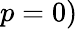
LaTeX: p=0)